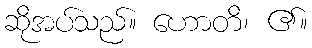
ဆိုအပ်သည်။ ဟောတိ၊ ၏။